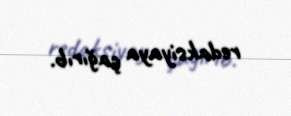
redaksiyaya çağırıb.